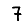
Digit: 7